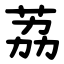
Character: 荔